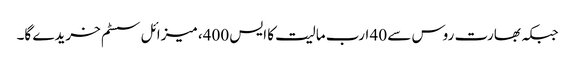
جبکہ بھارت روس سے 40 ارب مالیت کا ایس 400، میزائل سسٹم خریدے گا۔